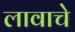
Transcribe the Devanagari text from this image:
लावाचे